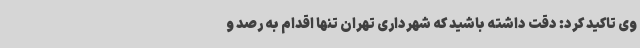
وی تاکید کرد: دقت داشته باشید که شهرداری تهران تنها اقدام به رصد و